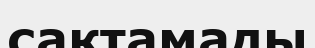
сақтамады